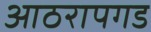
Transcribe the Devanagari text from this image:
आठरापगड